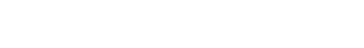
သလ္လံ ကဏ္ဍေ သလာကာယံ၊ သုစိတ္တေ ဓာဝနံ ဂတေ။